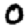
Digit: 0